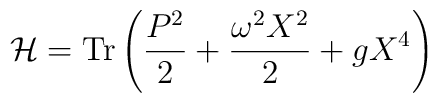
{\cal H}=\mbox{Tr}\left(\frac{P^2}{2}+\frac{\omega^2 X^2}{2}+  gX^4\right)